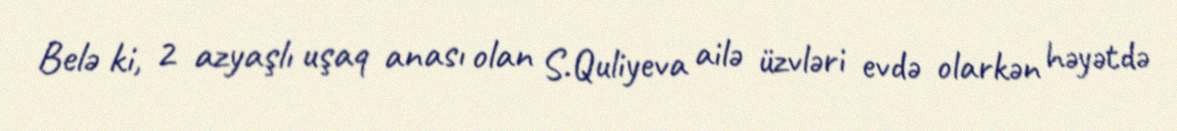
Belə ki, 2 azyaşlı uşaq anası olan S.Quliyeva ailə üzvləri evdə olarkən həyətdə